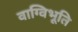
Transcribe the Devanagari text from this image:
वाग्विभूति